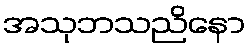
အသုဘသညိနော